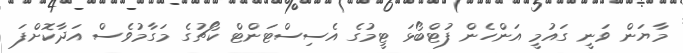
މާޔަން ވަނީ ގައުމީ އަންހެން ފުޓްބޯޅަ ޓީމުގެ އެސިސްޓަންޓް ކޯޗުގެ މަގާމުވެސް އަދާކޮށްފަ